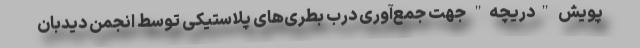
پویش "دریچه" جهت جمع‌آوری درب بطری‌های پلاستیکی توسط انجمن دیدبان